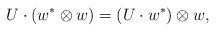
LaTeX: \begin{align*}U \cdot (w^* \otimes w) = (U \cdot w^*) \otimes w,\end{align*}